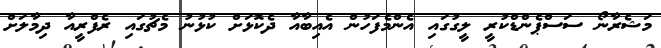
މަޝެރާނޯ ސަސްޕެންޑްކުރީ ލީގުގައި އެންމެފަހުން އެއިބާއާ ދެކޮޅަށް ކުޅުނު މެޗުގައި ރެފްރީއާ ދިމާލަށް